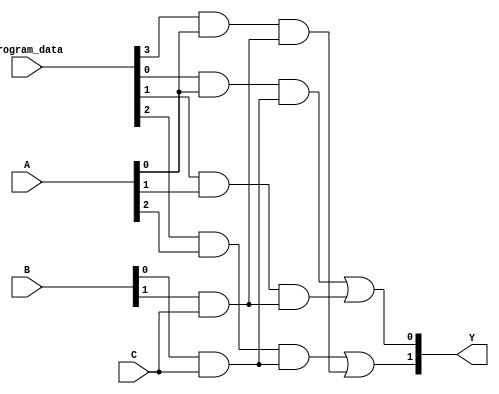
module SPAL (
    input wire [N-1:0] A,      // Inputs (N inputs)
    input wire [M-1:0] B,      // Additional inputs (M inputs)
    input wire [P-1:0] C,      // Additional inputs (P inputs)
    input wire [PROGRAM_SIZE-1:0] program_data, // Programming data
    output wire [OUTPUT_SIZE-1:0] Y // Outputs (OUTPUT_SIZE outputs)
);

// Parameters
parameter N = 3;               // Number of inputs A
parameter M = 2;               // Number of inputs B
parameter P = 1;               // Number of inputs C
parameter PROGRAM_SIZE = 8;    // Size of programming data
parameter OUTPUT_SIZE = 2;     // Number of outputs

// Internal signals
wire [PROGRAM_SIZE-1:0] and_out; // Outputs from AND gates
wire [OUTPUT_SIZE-1:0] or_out;    // Outputs from OR gates

// Programmable AND array
genvar i;
generate
    for (i = 0; i < PROGRAM_SIZE; i = i + 1) begin : and_array
        // Example of a programmable AND gate
        assign and_out[i] = (program_data[i] & A[i % N]) & (B[i % M] & C[i % P]);
    end
endgenerate

// Fixed OR array
assign or_out[0] = and_out[0] | and_out[1]; // Example OR logic
assign or_out[1] = and_out[2] | and_out[3]; // Example OR logic

// Final output assignment
assign Y = or_out;

endmodule